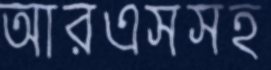
আরএসসহ